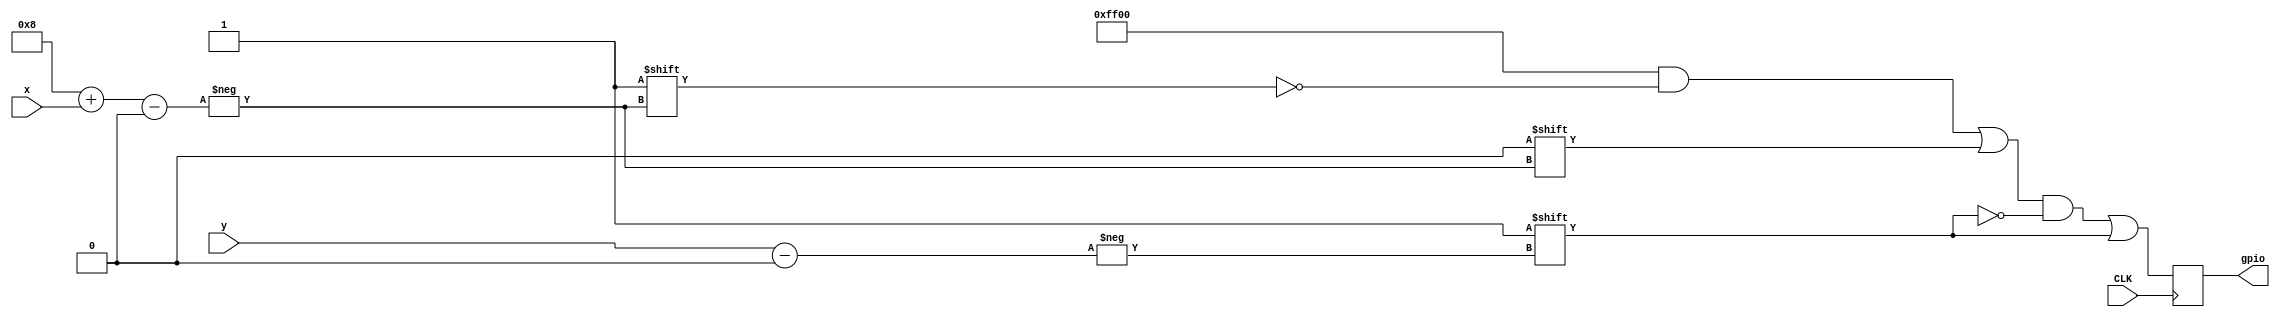
module multipleks(input CLK, output reg [15:0] gpio, input [3:0] x, input[3:0] y);
reg[3:0] i;

always @(posedge CLK) begin
	//x = 0;
	//y = 1;
	gpio[15:8] = 8'hff;
	gpio[7:0] = 8'd0;
	
	
	gpio[8 + x] = 0;
	gpio[y] = 1;
	
end
endmodule


module red_sweep(input CLK, input [3:0] pom1, input [3:0] pom2 ,output reg[3:0] x, output reg[3:0] y,input [3:0] x_b,input [3:0] y_b); 
reg[3:0] i = 4'd0;
reg [0:0] which;

always @(posedge CLK)begin

	if(y == 0 && which == 0) begin
		if(x > pom1 + 1) begin
			x = pom2;
			y = 7;
			i = 0;
		end
		
		else begin
			x = pom1 + i;
			i = i + 1;
		end
		
	end
	
	if(y == 7 && which == 0) begin
		if(x > pom2 + 1) begin
			x = x_b;
			y = y_b;
			i = 0;
			which = 1;
		end
		else begin
			x = pom2 + i;
			i = i + 1;
		end	
	end
	else if (which == 1) begin
		which = 0;
		x = pom1;
		y = 0;
	end
	
end

endmodule


module keys(input CLK, output reg [3:0] pom1, output reg [3:0] pom2, input [3:0] keys, input [3:0]game, input [0:0]first, output reg [3:0] game2);

reg[3:0] plus = 4'd2; 
always @(posedge CLK) begin

	if (first == 0) begin
		pom1 = plus;
		pom2 = plus;
	end

	if (game2 == 0 && (keys[3:0] < 4'b1111) ) game2 = 1;
	else game2 = 0;

	if (keys[0] == 0 && pom2 > 0)begin
		pom2 = pom2 - 1;		
	end
	
	if (keys[1] == 0 && pom2 < 5)begin
		pom2 = pom2 + 1;	
	end
	
	if (keys[2] == 0 && pom1 > 0)begin	
		pom1 = pom1 - 1;
	end
	
	if (keys[3] == 0 && pom1 < 5)begin	
		pom1 = pom1 + 1;
	end
	
end
endmodule

module rand(
  input  clk,
  input  rst_n,
  output reg [4:0] smer
);

wire feedback = smer[4] ^ smer[1];

always @(posedge clk or negedge rst_n)
  if (~rst_n) smer <= 4'hf;
  else smer <= {smer[3:0], feedback};
endmodule


module ball(input CLK, input [3:0] smer, output reg [3:0] x_b, output reg [3:0] y_b, input [3:0]pom1, input [3:0]pom2, output reg [3:0] poeni1, output reg [3:0] poeni2, output reg [3:0]game, output reg[0:0] first, input [3:0] game2);

reg [3:0] prvi_s;
integer px = 0;
integer py = 0;
integer br = 0;

always @(posedge CLK) begin
	if (game2 == 1 && game != 0) begin 
		game = 0;
		poeni1 = 0;
		poeni2 = 0;
	end
	
	if (game == 0) begin
		if (first == 0) begin
			prvi_s = smer % 2 + 2;
			game = 0;
			// ovo je proveravalo pocetni smer i menjalo pocetnu poziciju u zavisnosti od toga ali nije potrebno zbog nezgodnih pozicija
			/*
			case (smer)
			0: begin
				x_b=4;
				y_b=4;
			end
			1: begin
				x_b=4;
				y_b=3;
			end

			2: begin
				x_b=3;
				y_b=3;
			end
			3,4: begin
				x_b=3;
				y_b=4;
			end
			4,5: begin
				x_b=4;
				y_b=4;
			end*/
			x_b = 3;
			y_b = 3;

			//endcase
			br = br + 1;
			if(br > 12)begin
				first = 1;
				br = 0;
			end
		end
		else begin
			// pomera
				
			if (x_b == 7 || x_b == 0) begin
				prvi_s = (prvi_s + 4) % 8;
			end

			if (prvi_s % 2 == 0) px = -1;
			else px = 1;
			
			case (prvi_s)
				0,1 : py = -1;
				2,3 : py =  0;
				4,5 : py =  1;
			endcase

			
			//
			x_b = x_b + py;
			y_b = y_b + px;
			
			if (y_b == 0) begin
				case (x_b)
					pom1     : prvi_s = 1;
					pom1 + 1 : prvi_s = 3;
					pom1 + 2 : prvi_s = 5;
					
					default : begin
							poeni2 = poeni2 + 1;
							if (poeni2 > 3) begin
								poeni2 = 11;
								poeni1 = 12;
								game = 1;
							end
							first = 0;
					end
					
				endcase
				
			end
			
			if (y_b == 7) begin
				case (x_b)
					pom2     : prvi_s = 0;
					pom2 + 1 : prvi_s = 2;
					pom2 + 2 : prvi_s = 4;
					default:
						begin
						poeni1 = poeni1 + 1;
						if (poeni1 > 3) begin
							poeni1 = 11;
							poeni2 = 12;							
							game = 1;
							end
						first = 0;
						end
			
				endcase
			
			end

		end

	end
end
endmodule